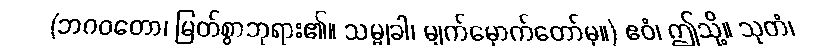
(ဘဂဝတော၊ မြတ်စွာဘုရား၏။ သမ္မုခါ၊ မျက်မှောက်တော်မှ။) ဧဝံ၊ ဤသို့။ သုတံ၊